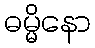
ဓမ္မိနော